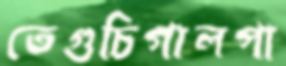
তেগুচিগালপা